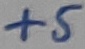
Text: +5